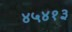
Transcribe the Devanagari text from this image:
४५४१३